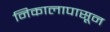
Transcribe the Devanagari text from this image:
निकालापासून